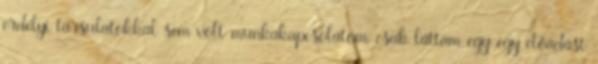
erdélyi társulatokkal sem volt munkakapcsolatom, csak láttam egy-egy előadást